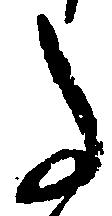
事